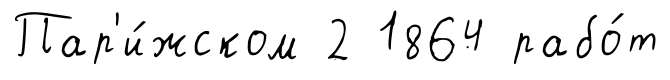
Пар'и́жском 2 1864 рабо́т